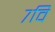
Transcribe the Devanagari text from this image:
७वि